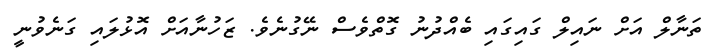
ތަނާލް އަށް ނައިލް ގައިގައި ބެއްދުނު ގޮތްވެސް ނޭގުނެވެ. ޒަހުނާއަށް އޮޅުލައި ގަނެވުނީ